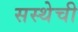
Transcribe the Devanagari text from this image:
सस्थेची